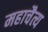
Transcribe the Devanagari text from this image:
महाचैत्य